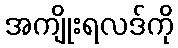
အကျိုးရလဒ်ကို